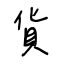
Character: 貨